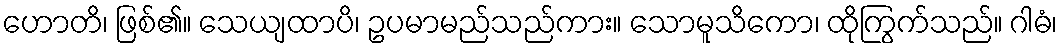
ဟောတိ၊ ဖြစ်၏။ သေယျထာပိ၊ ဥပမာမည်သည်ကား။ သောမူသိကော၊ ထိုကြွက်သည်။ ဂါဓံ၊